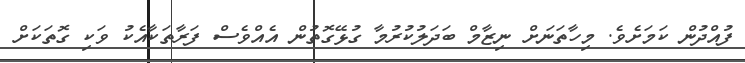
ފުއްދުން ކަމަށެވެ. މިހާތަނަށް ނިޒާމް ބަދަލުކުރުމާ ގުޅޭގޮތުން އެއްވެސް ފަރާތަކާއެކު ވަކި ގޮތަކަށް